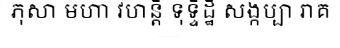
ភុសា មហា វហន្តិ ទុទ្ទិដ្ឋឹ សង្កប្បា រាគ